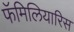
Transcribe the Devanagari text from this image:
फॅमिलियारिस